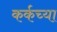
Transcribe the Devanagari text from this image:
कर्कच्या